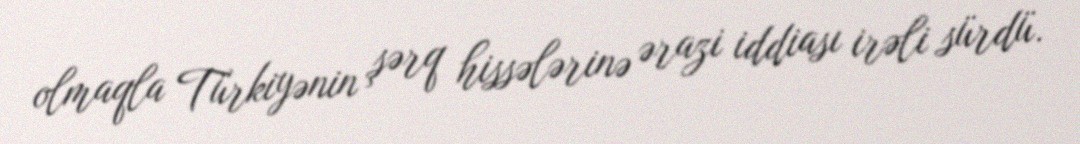
olmaqla Türkiyənin şərq hissələrinə ərazi iddiası irəli sürdü.